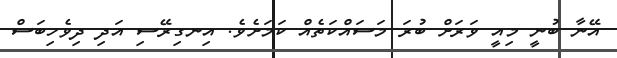
އޭނާ ބުނީ މިއީ ވަރަށް ބުރަ މަސައްކަތެއް ކަމަށެވެ. އިނގިރޭސި އަދި ދިވެހިބަސް